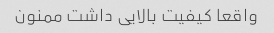
واقعا کیفیت بالایی داشت ممنون